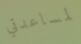
لمساعدتي